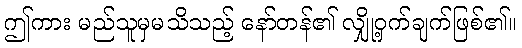
ဤကား မည်သူမှမသိသည့် နော်တန်၏ လျှို့ဝှက်ချက်ဖြစ်၏။